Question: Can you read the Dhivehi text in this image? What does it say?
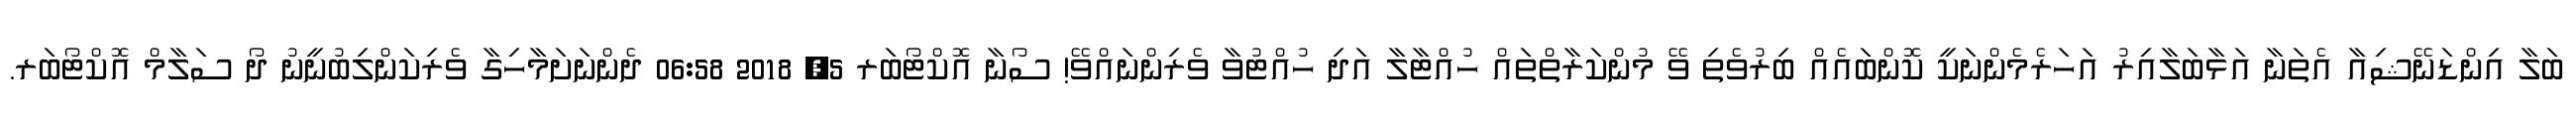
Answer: ބަލާ އިންޑަނޭޝިއާ އެތަނާ އަޅާބަލާއިރު އަހަރެމެންނަކީ ކޮންބައެއް ބިރުވެތި ވޭ މުންކަރާތްތައް ހުއްޓާލާ އަދި ހުއްޓުވާ ވެރިންނައްވޭ! ސޯނާ އޮކްޓޯބަރ 5, 2018 06:58 ދެންނަށަމާހިގާ ވެރިކަންލިބުނީނު ދޯ ސަލާމް އޮކްޓޯބަރ.